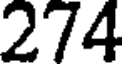
274